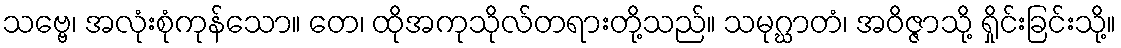
သဗ္ဗေ၊ အလုံးစုံကုန်သော။ တေ၊ ထိုအကုသိုလ်တရားတို့သည်။ သမုဂ္ဃာတံ၊ အဝိဇ္ဇာသို့ ရှိုင်းခြင်းသို့။